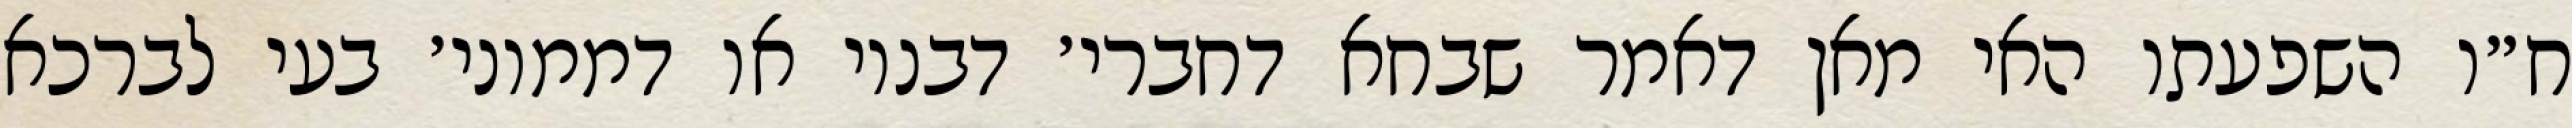
ח״ו השפעתו האי מאן דאמר שבחא דחברי׳ דבנוי או דממוני׳ בעי לברכא